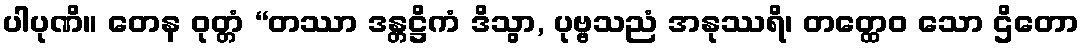
ပါပုဏိ။ တေန ဝုတ္တံ “တဿာ ဒန္တဋ္ဌိကံ ဒိသွာ, ပုဗ္ဗသညံ အနုဿရိ၊ တတ္ထေဝ သော ဌိတော